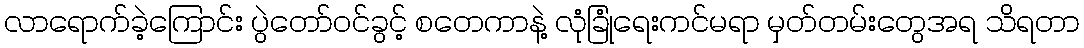
လာရောက်ခဲ့ကြောင်း ပွဲတော်ဝင်ခွင့် စတေကာနဲ့ လုံခြုံရေးကင်မရာ မှတ်တမ်းတွေအရ သိရတာ